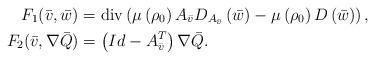
LaTeX: \begin{align*}F_{1}(\bar{v},\bar{w}) & =\operatorname{div}\left( \mu\left( \rho_{0}\right) A_{\bar{v}}D_{A_{\bar{v}}}\left( \bar{w}\right) -\mu\left(\rho_{0}\right) D\left( \bar{w}\right) \right) ,\\F_{2}(\bar{v},\nabla\bar{Q}) & =\left( Id-A_{\bar{v}}^{T}\right)\nabla\bar{Q}.\end{align*}